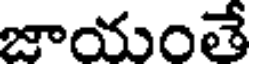
జాయంతే